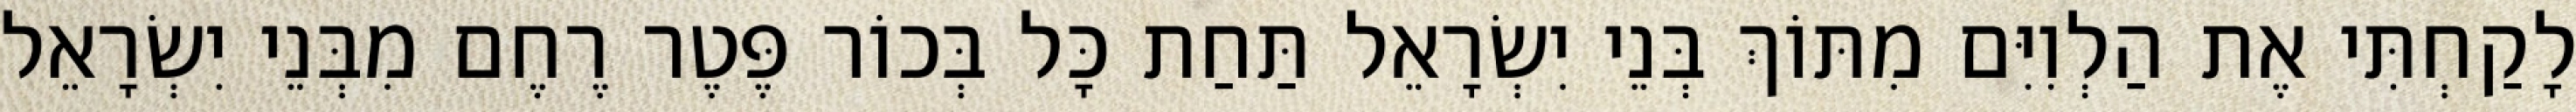
לָקַחְתִּי אֶת הַלְוִיִּם מִתּוֹךְ בְּנֵי יִשְׂרָאֵל תַּחַת כָּל בְּכוֹר פֶּטֶר רֶחֶם מִבְּנֵי יִשְׂרָאֵל